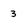
Character: 3